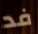
فد